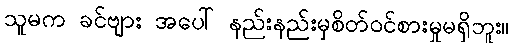
သူမက ခင်ဗျား အပေါ် နည်းနည်းမှစိတ်ဝင်စားမှုမရှိဘူး။